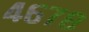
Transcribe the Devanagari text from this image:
४६७८